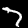
Digit: 7